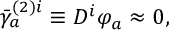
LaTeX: \bar { \gamma } _ { a } ^ { ( 2 ) i } \equiv D ^ { i } \varphi _ { a } \approx 0 ,